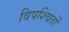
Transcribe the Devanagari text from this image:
विपश्चितों